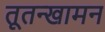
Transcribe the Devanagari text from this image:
तूतन्खामन